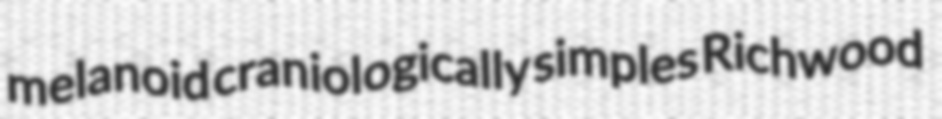
melanoid craniologically simples Richwood